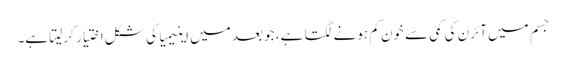
جسم میں آئرن کی کمی سے خون کم ہونے لگتا ہے، جو بعد میں اینیمیا کی شکل اختیار کر لیتا ہے۔